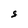
Character: S